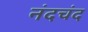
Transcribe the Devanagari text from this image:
नंदचंद